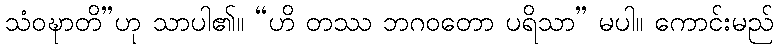
သံဝဍ္ဎာတိ”ဟု သာပါ၏။ “ဟိ တဿ ဘဂဝတော ပရိသာ” မပါ။ ကောင်းမည်